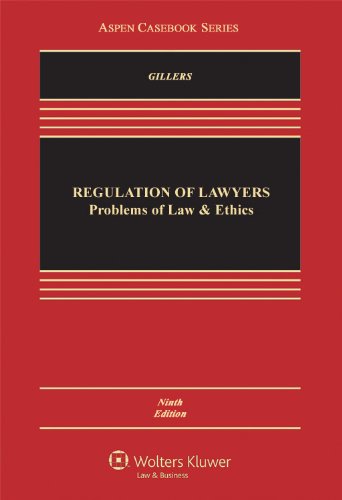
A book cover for Regulation of Lawyers: Problems of Law & Ethics, 9th Edition; Stephen Gillers; Law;